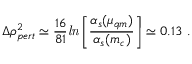
\Delta \rho _ { p e r t } ^ { 2 } \simeq \frac { 1 6 } { 8 1 } { \it l n } \left[ \frac { \alpha _ { s } ( \mu _ { q m } ) } { \alpha _ { s } ( m _ { c } ) } \right] \simeq 0 . 1 3 ~ .